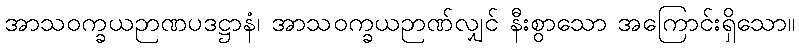
အာသဝက္ခယဉာဏပဒဋ္ဌာနံ၊ အာသဝက္ခယဉာဏ်လျှင် နီးစွာသော အကြောင်းရှိသော။